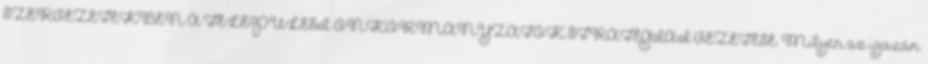
SZERVEZETEKBEN A TELEPÜLÉSI ÖNKORMÁNYZATOK STRATÉGIAI VEZETÉSE. Milyen az igazán